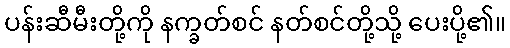
ပန်းဆီမီးတို့ကို နက္ခတ်စင် နတ်စင်တို့သို့ ပေးပို့၏။